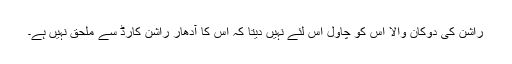
راشن کی دوکان والا اس کو چاول اس لئے نہیں دیتا کہ اس کا آدھار راشن کارڈ سے ملحق نہیں ہے۔